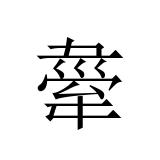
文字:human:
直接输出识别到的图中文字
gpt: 舝